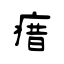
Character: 瘄